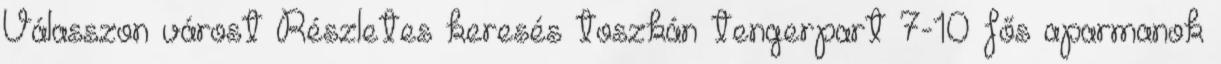
Válasszon várost Részletes keresés toszkán tengerpart 7-10 fős aparmanok